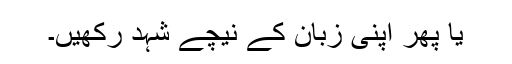
یا پھر اپنی زبان کے نیچے شہد رکھیں۔